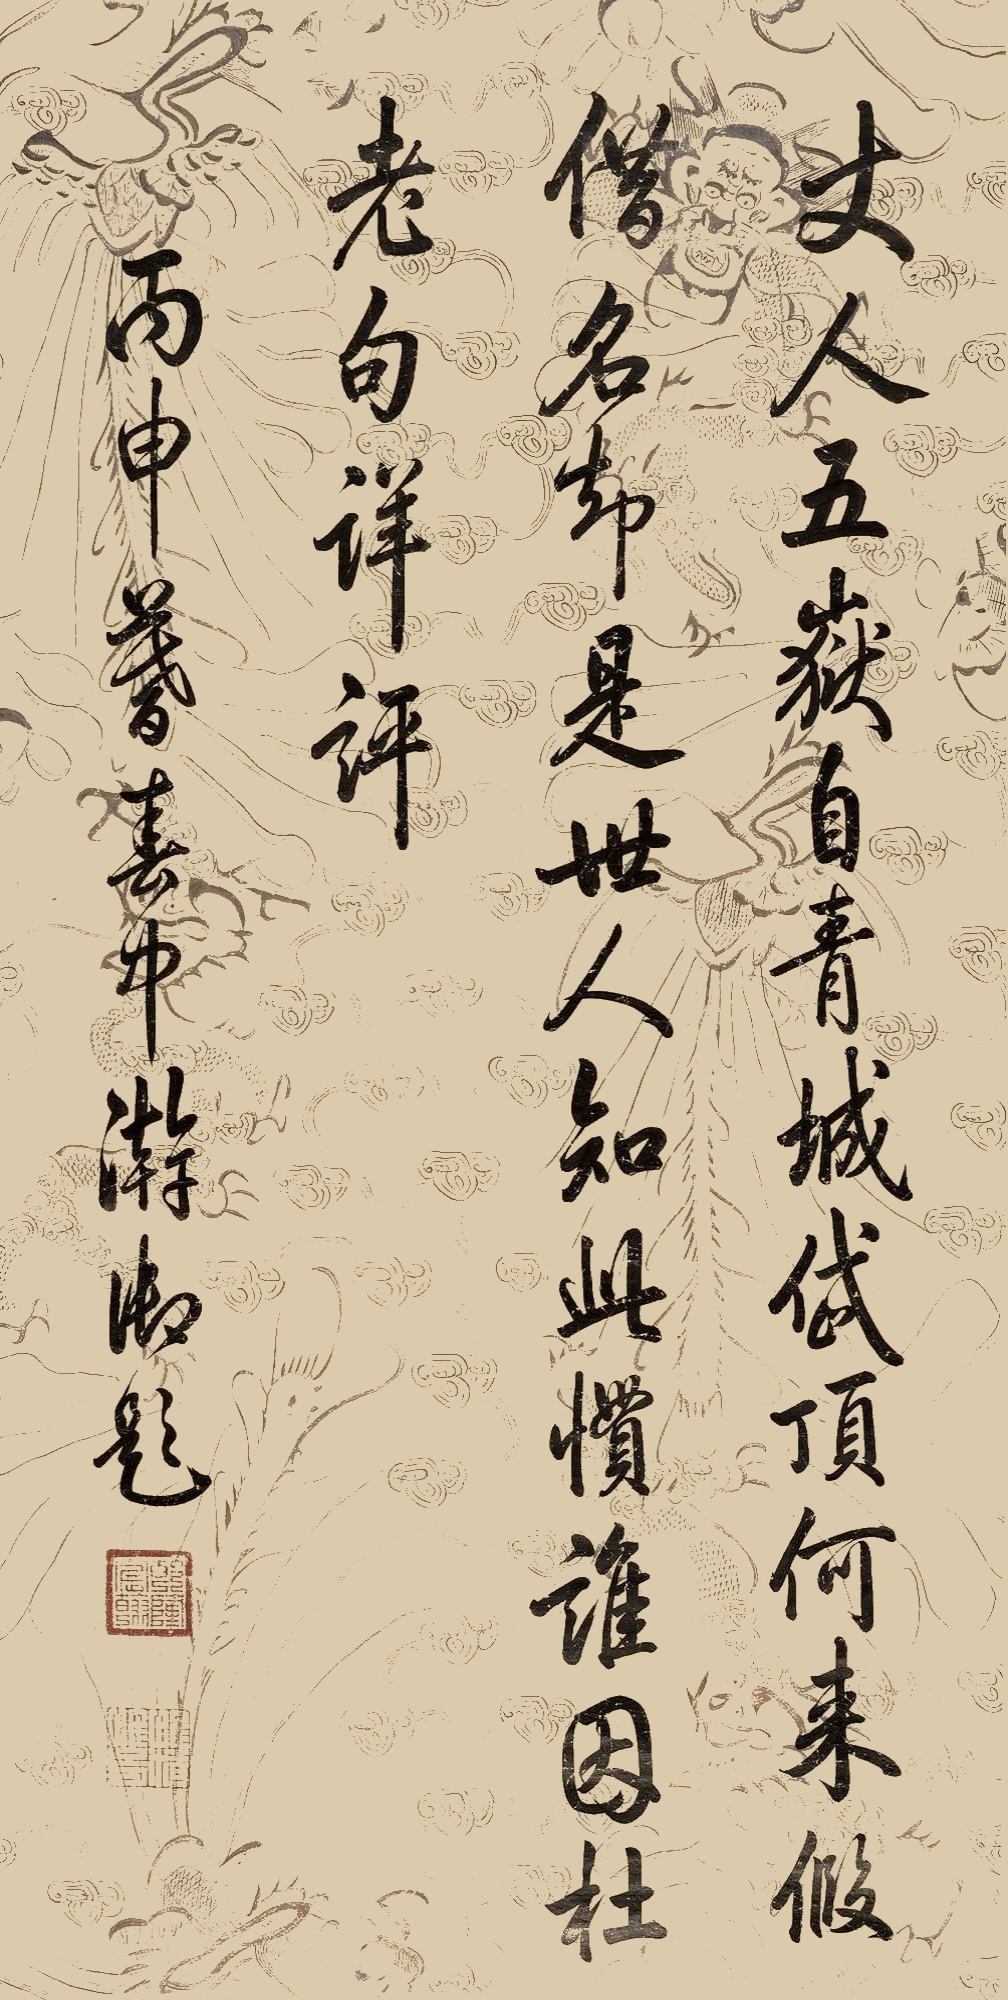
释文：丈人五岳自青城，岱顶何来假借名，却是世人知此惯，谁因杜老句详评。丙申暮春中澣，御题。